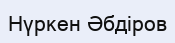
Нүркен Әбдіров